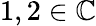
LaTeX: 1,2\in\mathbb{C}